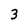
Character: 3